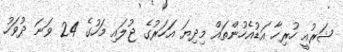
ޝަރުއީ ހުރިހާ އަޑުއެހުންތައް މިދިޔަ އަހަރުގެ ޖުލައި މަހުގެ 24 ވަނަ ދުވަހު